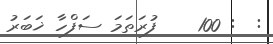
:  : 100    ފުރަތަމަ ސަފްހާ ޚަބަރު